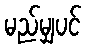
မည်မျှပင်